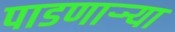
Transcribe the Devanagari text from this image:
पाडणाऱ्र्‍या